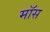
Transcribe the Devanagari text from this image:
माॅस